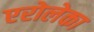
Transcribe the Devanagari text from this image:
एरोलेका